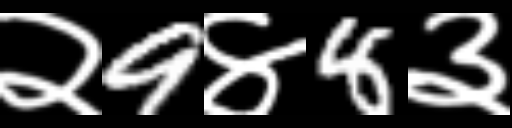
Text: २9४8३